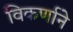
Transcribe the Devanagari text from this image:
विकर्णाने